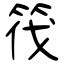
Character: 筏